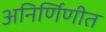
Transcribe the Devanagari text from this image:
अनिर्णिणीत